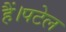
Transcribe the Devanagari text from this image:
हैं।पटेल